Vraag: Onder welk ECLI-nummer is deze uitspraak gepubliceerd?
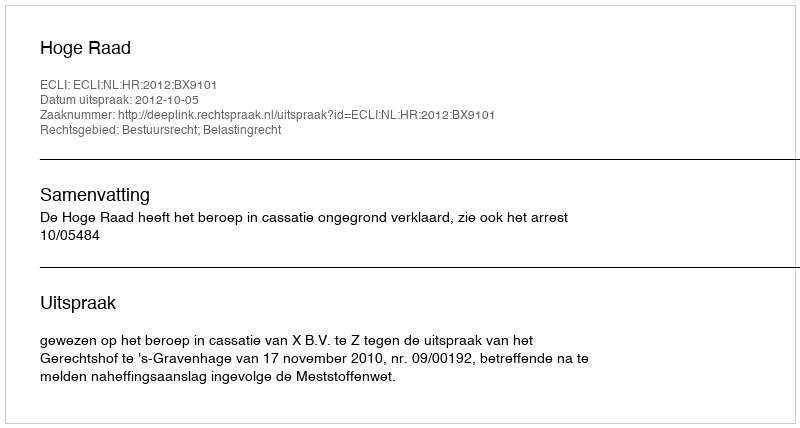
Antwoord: ECLI:NL:HR:2012:BX9101